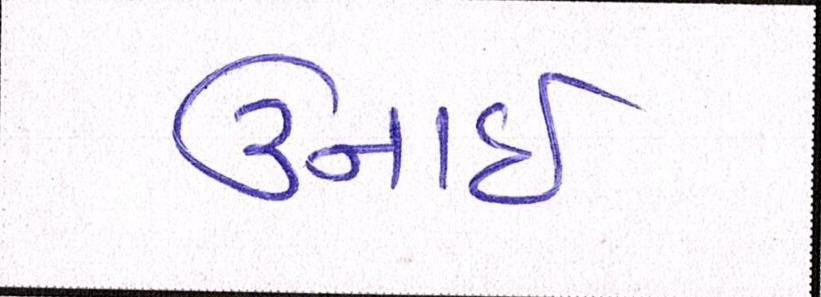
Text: ઉનાઈ